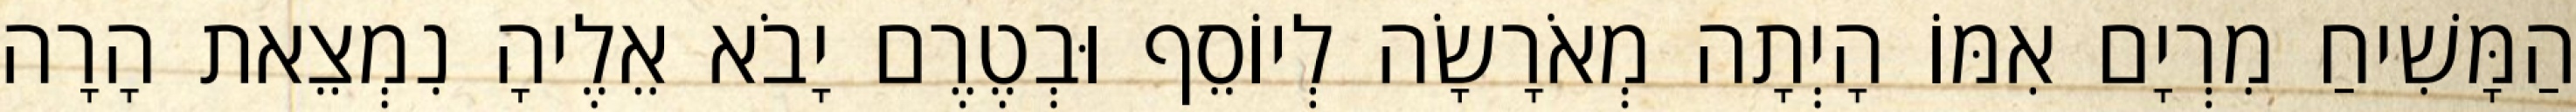
הַמָּשִׁיחַ מִרְיָם אִמּוֹ הָיְתָה מְאֹרָשָׂה לְיוֹסֵף וּבְטֶרֶם יָבֹא אֵלֶיהָ נִמְצֵאת הָרָה